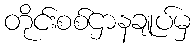
တိုင်းစစ်ဌာနချုပ်မှ